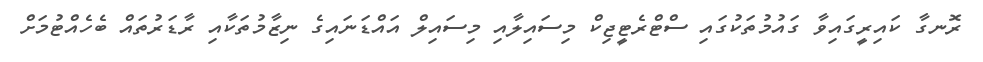
ރޮނގާ ކައިރީގައިވާ ގައުމުތަކުގައި ސްޓްރެޓީޖިކް މިސައިލާއި މިސައިލް އައްޑަނައިގެ ނިޒާމުތަކާއި ރާޑަރުތައް ބެހެއްޓުމަށް